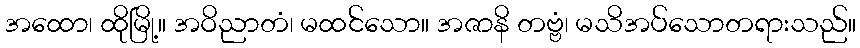
အထော၊ ထိုမြို့။ အဝိညာတံ၊ မထင်သော။ အဇာနိ တဗ္ဗံ၊ မသိအပ်သောတရားသည်။